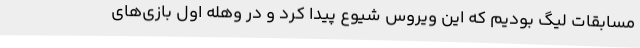
مسابقات لیگ بودیم که این ویروس شیوع پیدا کرد و در وهله اول بازی‌های